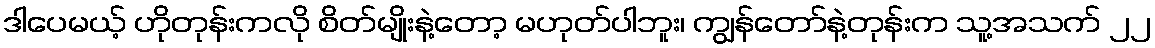
ဒါပေမယ့် ဟိုတုန်းကလို စိတ်မျိုးနဲ့တော့ မဟုတ်ပါဘူး၊ ကျွန်တော်နဲ့တုန်းက သူ့အသက် ၂၂